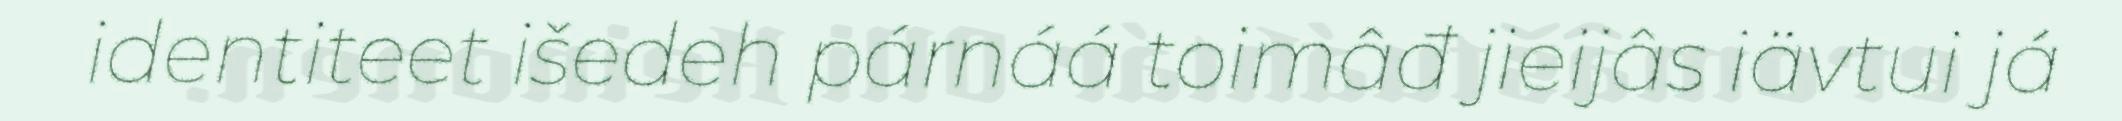
identiteet išedeh párnáá toimâđ jieijâs iävtui já